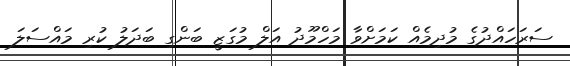
ސަރަހައްދުގެ މުދިމެއް ކަމަަށްވާ މަހްމޫދު އަލް މުގަޒީ ބަންގި ބަދަލު ކުރި މައްސަލަ